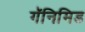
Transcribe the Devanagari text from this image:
गॅनिमिड